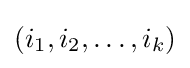
\left(i_{1},i_{2},\dots ,i_{k}\right)